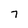
Character: 7